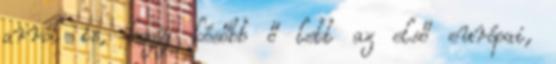
arról is, hogy később ő lett az első európai,